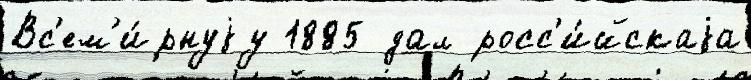
Вс'ем'и́рнуjу 1885 дал росс'и́йскаjа